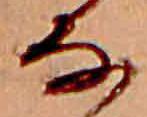
な